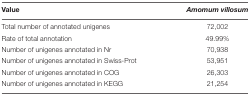
<table><thead><tr><td><b>Value</b></td><td><b><i>Amomum villosum</i></b></td></tr></thead><tbody><tr><td>Total number of annotated unigenes</td><td>72,002</td></tr><tr><td>Rate of total annotation</td><td>49.99%</td></tr><tr><td>Number of unigenes annotated in Nr</td><td>70,938</td></tr><tr><td>Number of unigenes annotated in Swiss-Prot</td><td>53,951</td></tr><tr><td>Number of unigenes annotated in COG</td><td>26,303</td></tr><tr><td>Number of unigenes annotated in KEGG</td><td>21,254</td></tr></tbody></table>